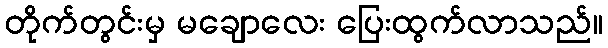
တိုက်တွင်းမှ မချောလေး ပြေးထွက်လာသည်။